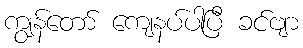
ကျွန်တော် ကျေနပ်ပါပြီ ခင်ဗျာ